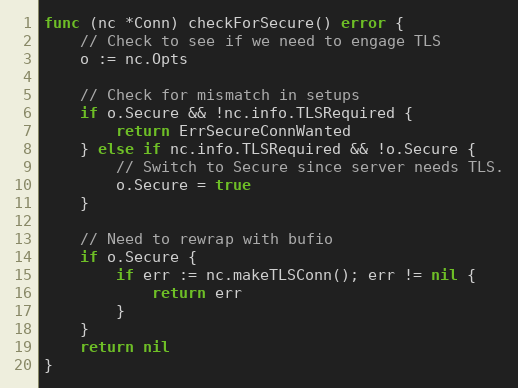
Language: Go
func (nc *Conn) checkForSecure() error {
	// Check to see if we need to engage TLS
	o := nc.Opts

	// Check for mismatch in setups
	if o.Secure && !nc.info.TLSRequired {
		return ErrSecureConnWanted
	} else if nc.info.TLSRequired && !o.Secure {
		// Switch to Secure since server needs TLS.
		o.Secure = true
	}

	// Need to rewrap with bufio
	if o.Secure {
		if err := nc.makeTLSConn(); err != nil {
			return err
		}
	}
	return nil
}